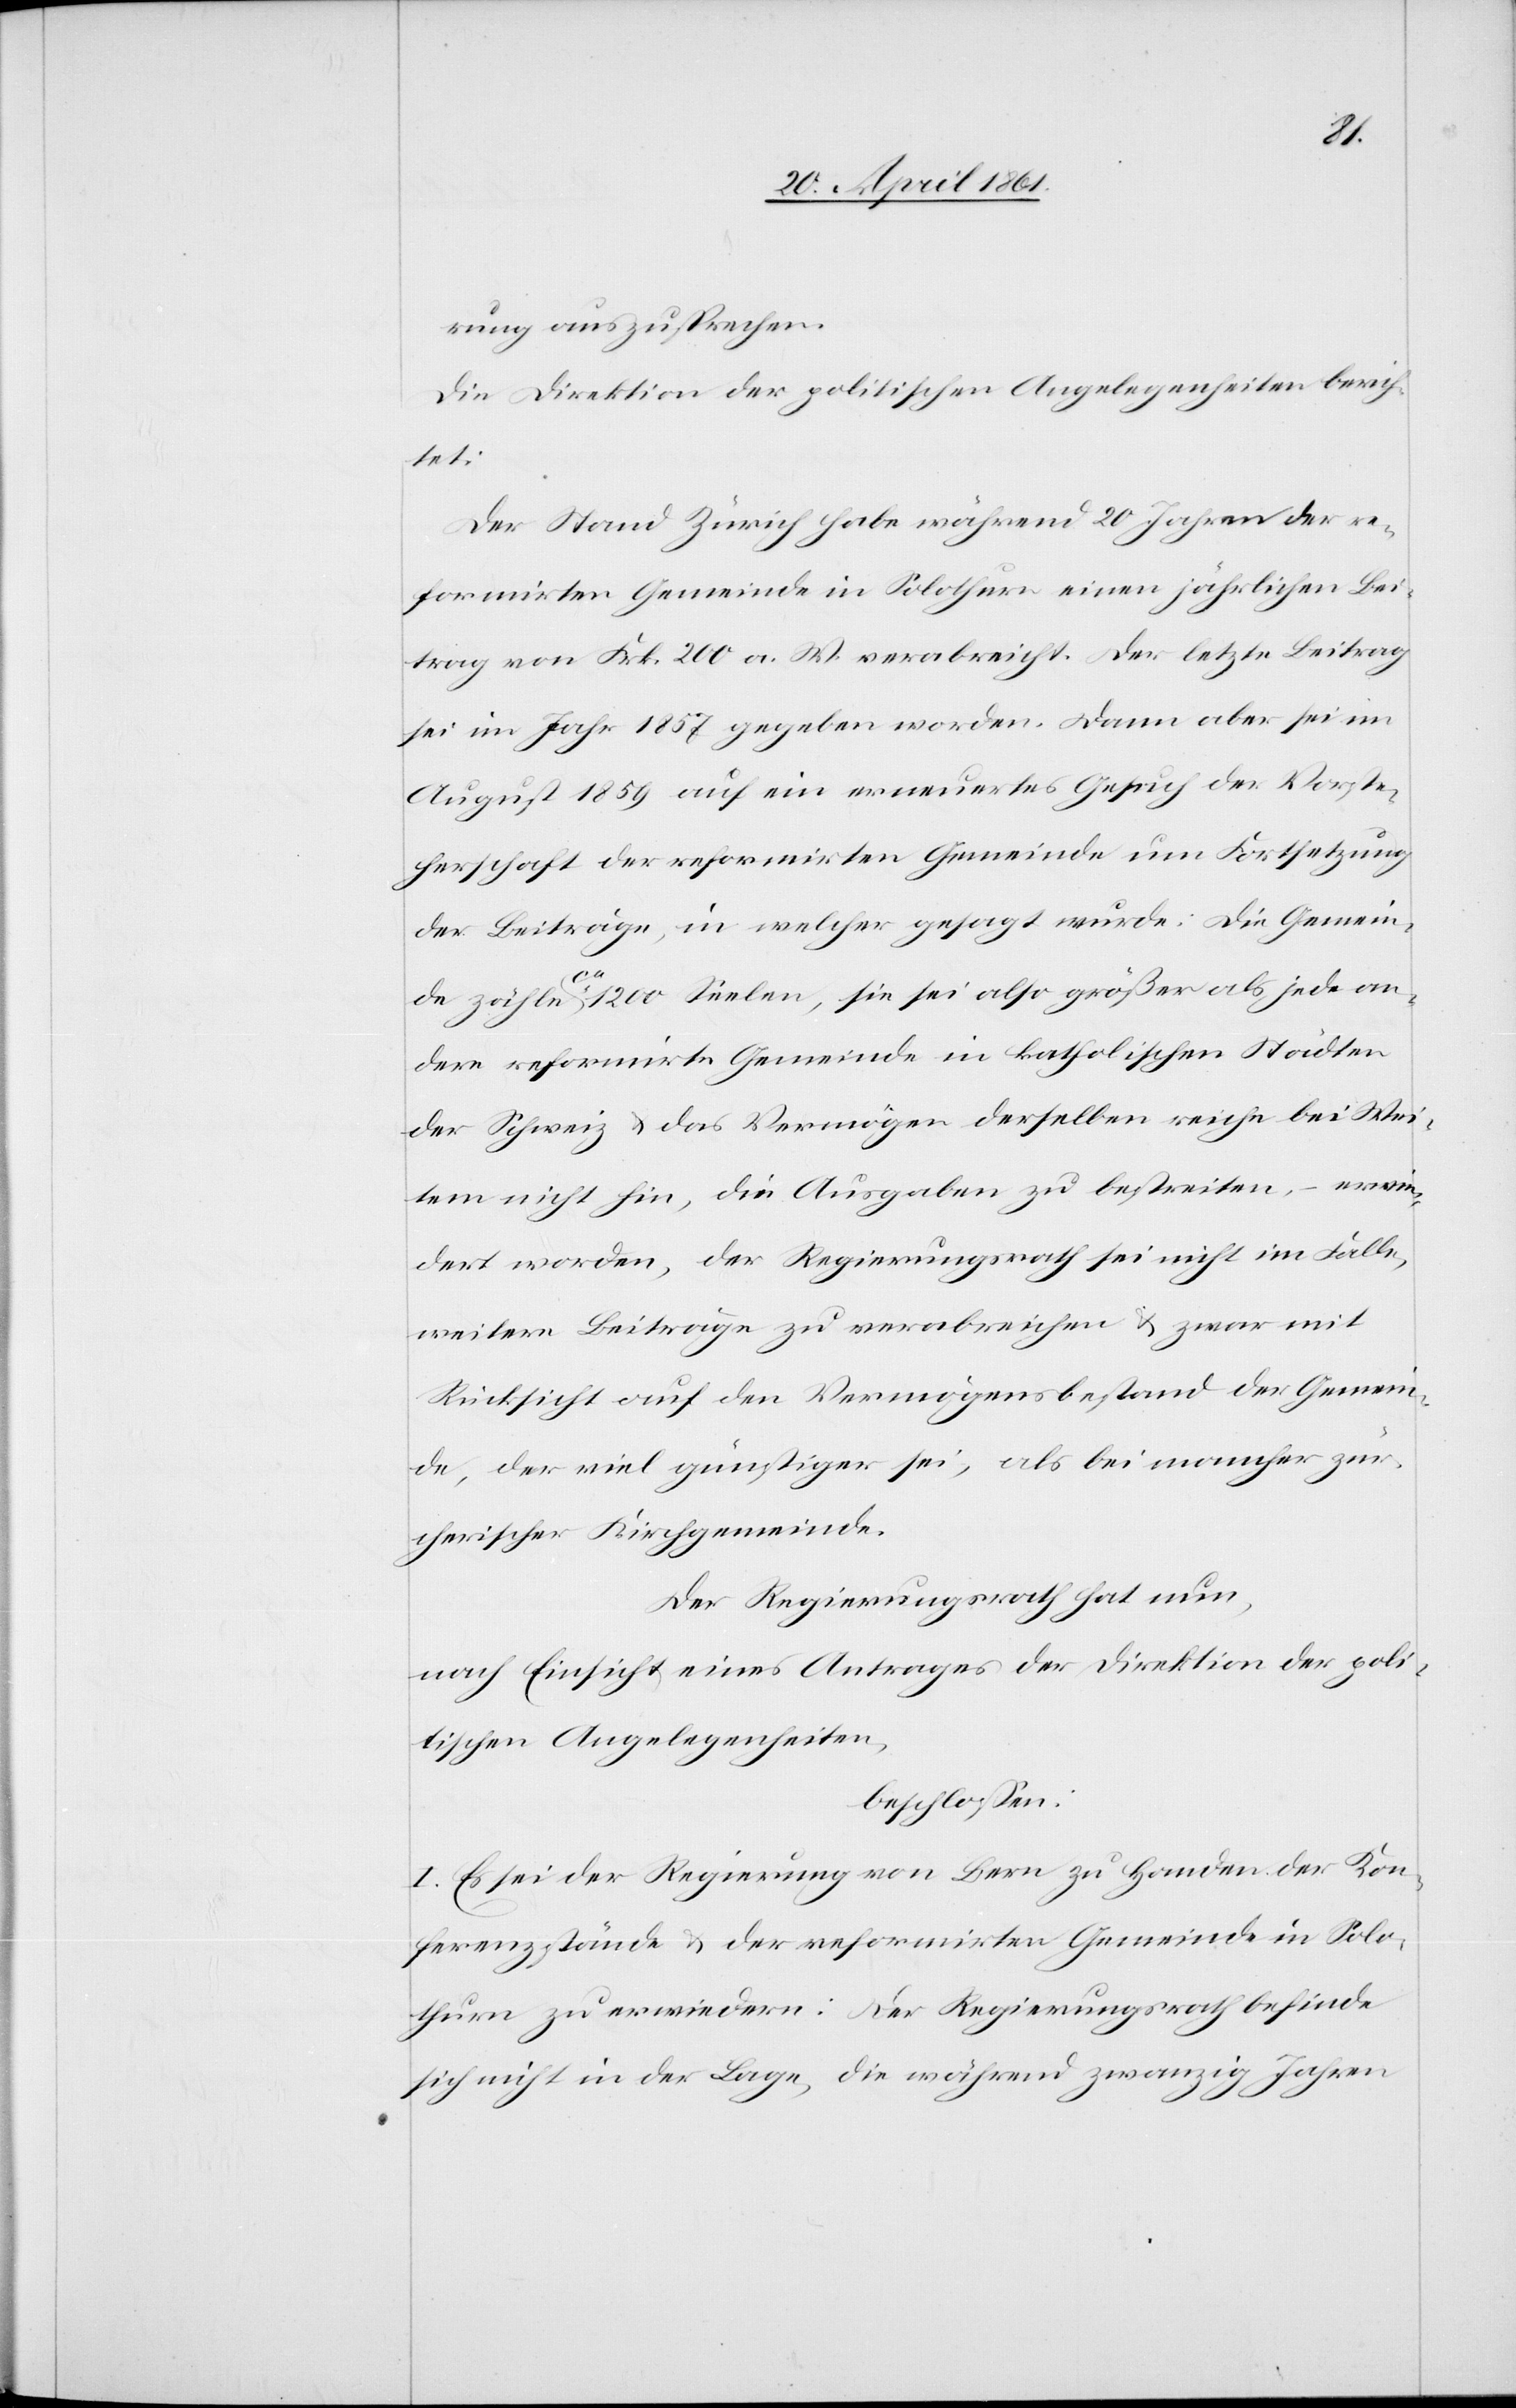
rung auszusprechen.
Die Direktion der politischen Angelegenheiten berich¬
Vorste¬
Der Stand Zürich habe während 20 Jahren der re¬
formirten Gemeinde in Solothurn einen Jährlichen Bei¬
trag von Frk. 200 a. W. verabreicht. Der letzte Beitrag
herschaft der reformirten Gemeinde um Fortsetzung
der Beiträge, in welcher gesagt wurde: Die Gemein¬
de zähle ca 1200 Seelen, sie sei also größer als jede an¬
dere reformirte Gemeinde in katholischen Städten
der Schweiz u. das Vermögen derselben reiche bei Wei¬
tem nicht hin, die Ausgaben zu bestreiten, – erwie¬
dert worden, der Regierungsrath sei nicht im Falle,
weitere Beiträge zu verabreichen u. zwar mit
Rücksicht auf den Vermögensbestand der Gemein¬
de, der viel günstiger sei, als bei mancher zür¬
cherischer Kirchgemeinde.
Der Regierungsrath hat nun,
nach Einsicht eines Antrages der Direktion der poli¬
tischen Angelegenheiten,
beschlossen:
I. Es sei der Regierung von Bern zu Handen der Kon¬
ferenzstände u. der reformirten Gemeinde in Solo¬
thurn zu erwiedern: Der Regierungsrath befinde
sich nicht in der Lage, die während zwanzig Jahren